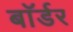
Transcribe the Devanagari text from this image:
बाॅर्डर